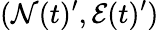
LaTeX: (\mathcal{N}(t)^{\prime},\mathcal{E}(t)^{\prime})